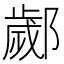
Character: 𨞣